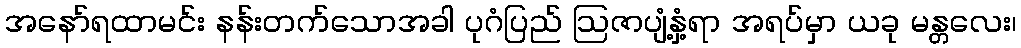
အနော်ရထာမင်း နန်းတက်သောအခါ ပုဂံပြည် ဩဇာပျံ့နှံ့ရာ အရပ်မှာ ယခု မန္တလေး၊